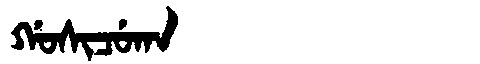
Manchu: ᡤᠣᠰᡳᠴᡠᡴᠠ
Romanization: GOSICUKA